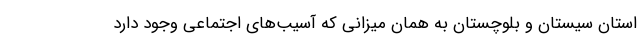
استان سیستان و بلوچستان به همان میزانی که آسیب‌های اجتماعی وجود دارد